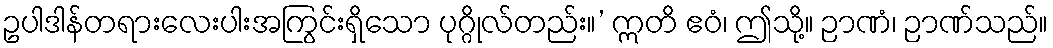
ဥပါဒါန်တရားလေးပါးအကြွင်းရှိသော ပုဂ္ဂိုလ်တည်း။’ ဣတိ ဧဝံ၊ ဤသို့။ ဉာဏံ၊ ဉာဏ်သည်။